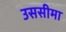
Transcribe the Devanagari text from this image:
उससीमा